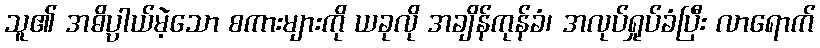
သူ၏ အဓိပ္ပာယ်မဲ့သော စကားများကို ယခုလို အချိန်ကုန်ခံ၊ အလုပ်ရှုပ်ခံပြီး လာရောက်